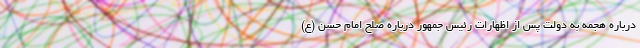
درباره هجمه به دولت پس از اظهارات رئیس جمهور درباره صلح امام حسن (ع)